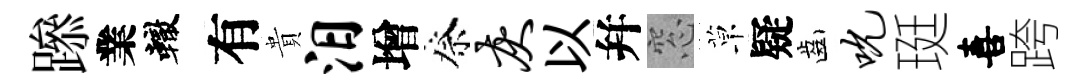
𨅶業轍有貴汨增祭灰以幷窓草疑齒吮珽喜跨